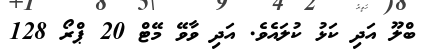
ބްލޫ އަދި ކަޅު ކުލައެވެ. އަދި ވާވޭ މޭޓް 20 ޕްރޯ 128